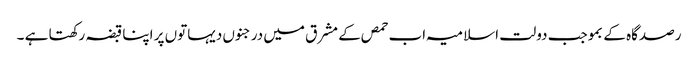
رصدگاہ کے بموجب دولت اسلامیہ اب حمص کے مشرق میں درجنوں دیہاتوں پر اپنا قبضہ رکھتا ہے ۔